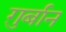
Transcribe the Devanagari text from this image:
ग़ुर्बान